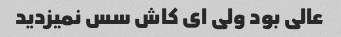
عالی بود ولی ای کاش سس نمیزدید